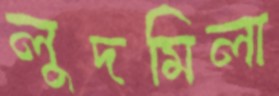
লুদমিলা